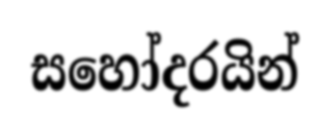
සහෝදරයින්